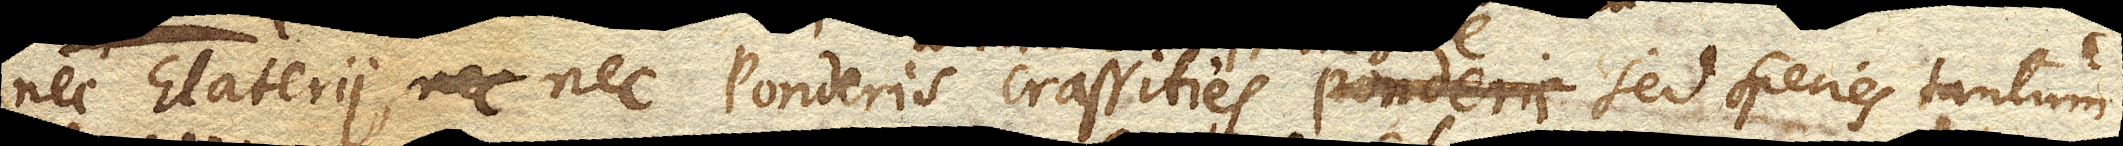
nec Elaterii, nec ponderis crassities ponderis sed species tantum